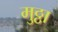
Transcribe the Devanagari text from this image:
मुठ्ठा